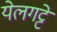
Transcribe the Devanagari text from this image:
येलगट्टे